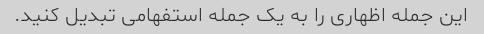
این جمله اظهاری را به یک جمله استفهامی تبدیل کنید.